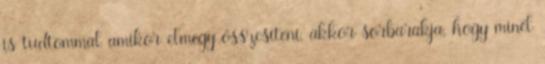
is tudtommal amikor elmegy összesíteni, akkor sorbarakja, hogy minél